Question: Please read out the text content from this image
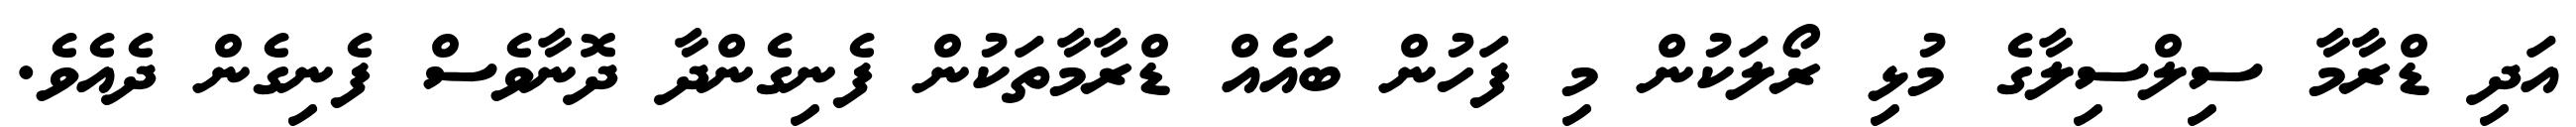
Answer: އަދި ޑްރާމާ ސިލްސިލާގެ މުޅި ރޯލަކުން މި ފަހުން ބައެއް ޑްރާމާތަކުން ފެނިގެންދާ ދޮނާވެސް ފެނިގެން ދެއެވެ.